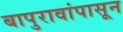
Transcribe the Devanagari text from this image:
बापुरावांपासून